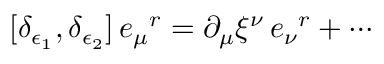
[ \delta _ { \epsilon _ { 1 } } , \delta _ { \epsilon _ { 2 } } ] \, e _ { \mu } { } ^ { r } = \partial _ { \mu } \xi ^ { \nu } \, e _ { \nu } { } ^ { r } + \cdots